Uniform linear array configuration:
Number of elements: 12
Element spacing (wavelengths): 0.75
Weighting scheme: binomial
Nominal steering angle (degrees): -15
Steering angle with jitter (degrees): -16.568
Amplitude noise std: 0.05
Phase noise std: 0.05

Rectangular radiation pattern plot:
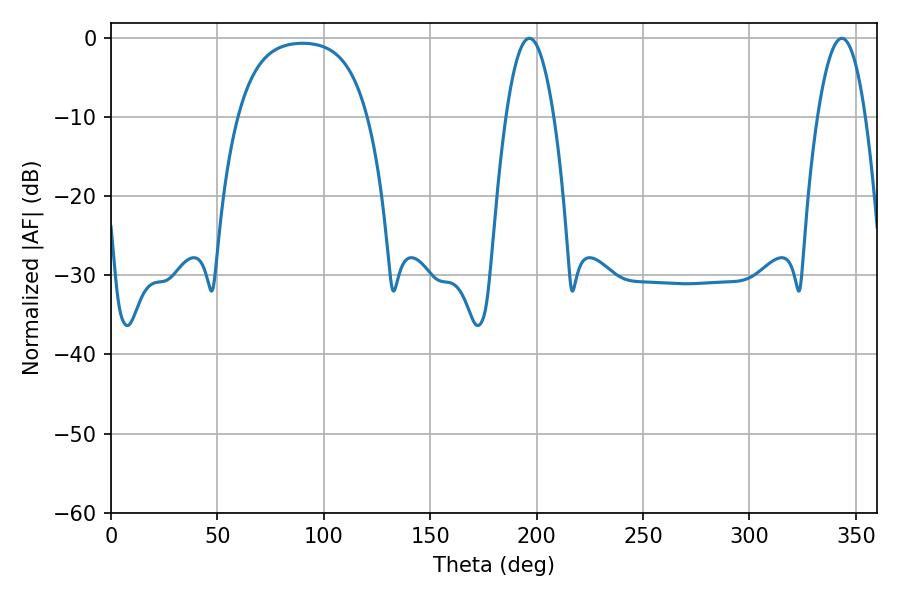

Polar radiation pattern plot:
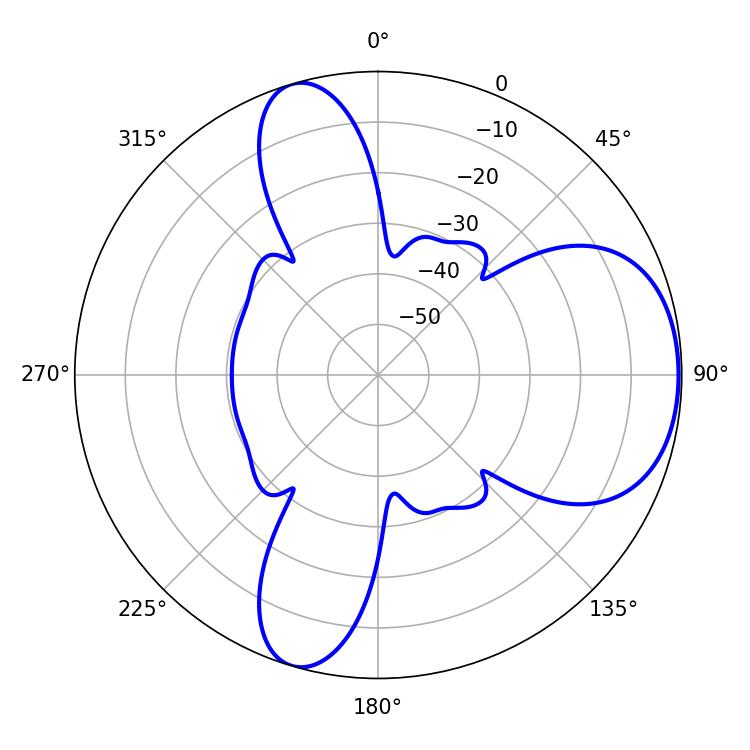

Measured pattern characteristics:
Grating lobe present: TRUE
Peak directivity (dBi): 6.256
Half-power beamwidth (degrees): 12.42
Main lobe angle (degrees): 196.56